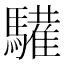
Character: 𩦘